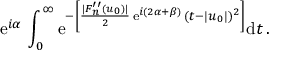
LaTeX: \mathrm { e } ^ { i \alpha } \, \int _ { 0 } ^ { \infty } \mathrm { e } ^ { - \left[ { \frac { | F _ { n } ^ { \prime \prime } ( u _ { 0 } ) | } { 2 } } \, \mathrm { e } ^ { i ( 2 \alpha + \beta ) } \, ( t - | u _ { 0 } | ) ^ { 2 } \right] } \mathrm { d } t \, .